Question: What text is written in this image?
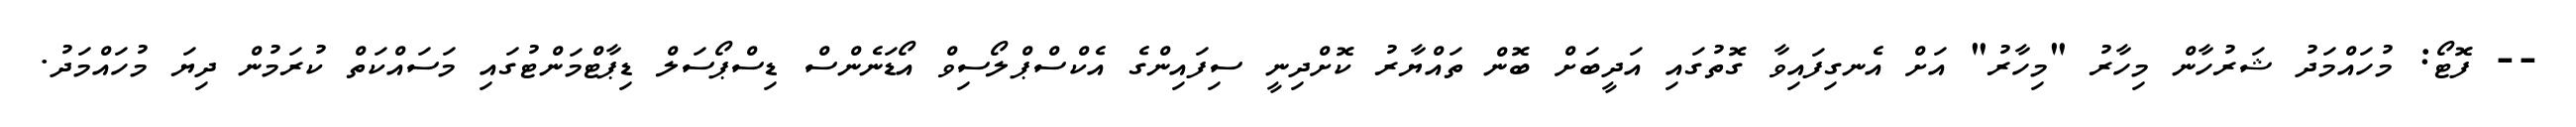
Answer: -- ފޮޓޯ: މުހައްމަދު ޝަރުހާން މިހާރު "މިހާރު" އަށް އެނގިފައިވާ ގޮތުގައި އަދީބަށް ބޮން ތައްޔާރު ކޮށްދިނީ ސިފައިންގެ އެކްސްޕްލޯސިވް އޯޑަނެންސް ޑިސްޕޯސަލް ޑިޕާޓްމަންޓުގައި މަސައްކަތް ކުރަމުން ދިޔަ މުހައްމަދު.